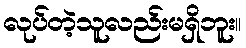
လုပ်တဲ့သူလည်းမရှိဘူး။